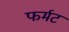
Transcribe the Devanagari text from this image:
फर्मट